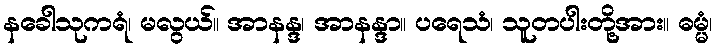
နခေါသုကရံ၊ မလွယ်။ အာနန္ဒ၊ အာနန္ဒာ။ ပရေသံ၊ သူတပါးတို့အား။ ဓမ္မံ၊